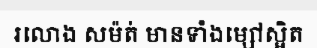
រលោង សម៉ត់ មានទាំងម្សៅស្អិត